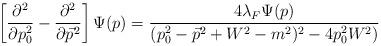
LaTeX: \begin{align*}\left[\frac{\partial^2}{\partial p_0^2}-\frac{\partial^2}{\partial\vec p^2} \right]\Psi(p) = \frac{4\lambda_F\Psi(p)}{(p_0^2-\vec p^2+W^2-m^2)^2-4p_0^2W^2)}\end{align*}